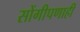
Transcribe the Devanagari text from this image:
सोंगीपणाही